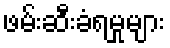
ဖမ်းဆီးခံရမှုများ